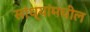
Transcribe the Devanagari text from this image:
सांध्यांमधील